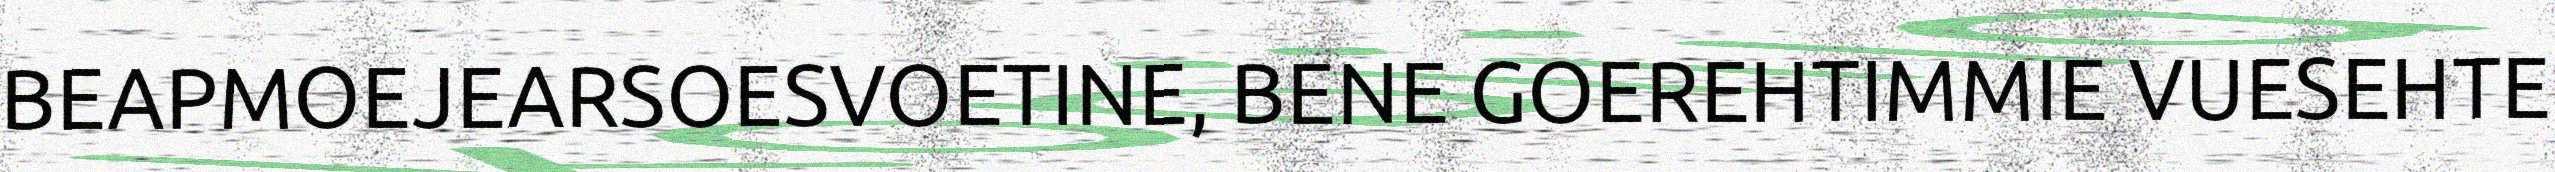
BEAPMOEJEARSOESVOETINE, BENE GOEREHTIMMIE VUESEHTE